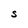
Character: S